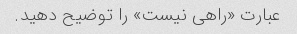
عبارت «راهی نیست» را توضیح دهید.